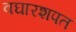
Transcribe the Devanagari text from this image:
वघारशपत